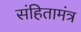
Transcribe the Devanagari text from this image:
संहितामंत्र